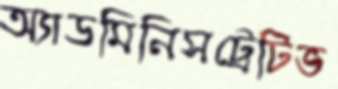
অ্যাডমিনিসট্রেটিভ